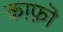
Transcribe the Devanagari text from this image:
काफ़ॊ